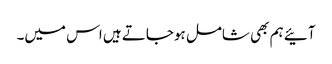
آئیے ہم بھی شامل ہوجاتے ہیں اس میں۔